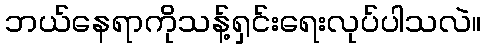
ဘယ်နေရာကိုသန့်ရှင်းရေးလုပ်ပါသလဲ။